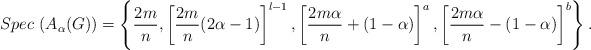
LaTeX: \begin{align*} Spec~(A_\alpha(G))=\left\{ \frac{2m}{n}, \left[\frac{2m}{n}(2\alpha-1)\right]^{l-1}, \left[\frac{2m\alpha}{n}+(1-\alpha)\right]^a, \left[\frac{2m\alpha}{n}-(1-\alpha)\right]^b\right\}.\end{align*}